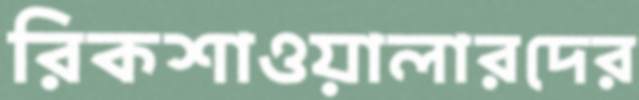
রিকশাওয়ালারদের